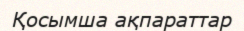
Қосымша ақпараттар